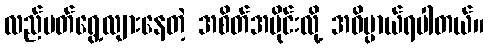
လည်ပတ်ရွေ့လျားနေတဲ့ အစိတ်အပိုင်းလို့ အဓိပ္ပာယ်ရပါတယ်။